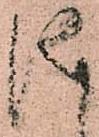
儀